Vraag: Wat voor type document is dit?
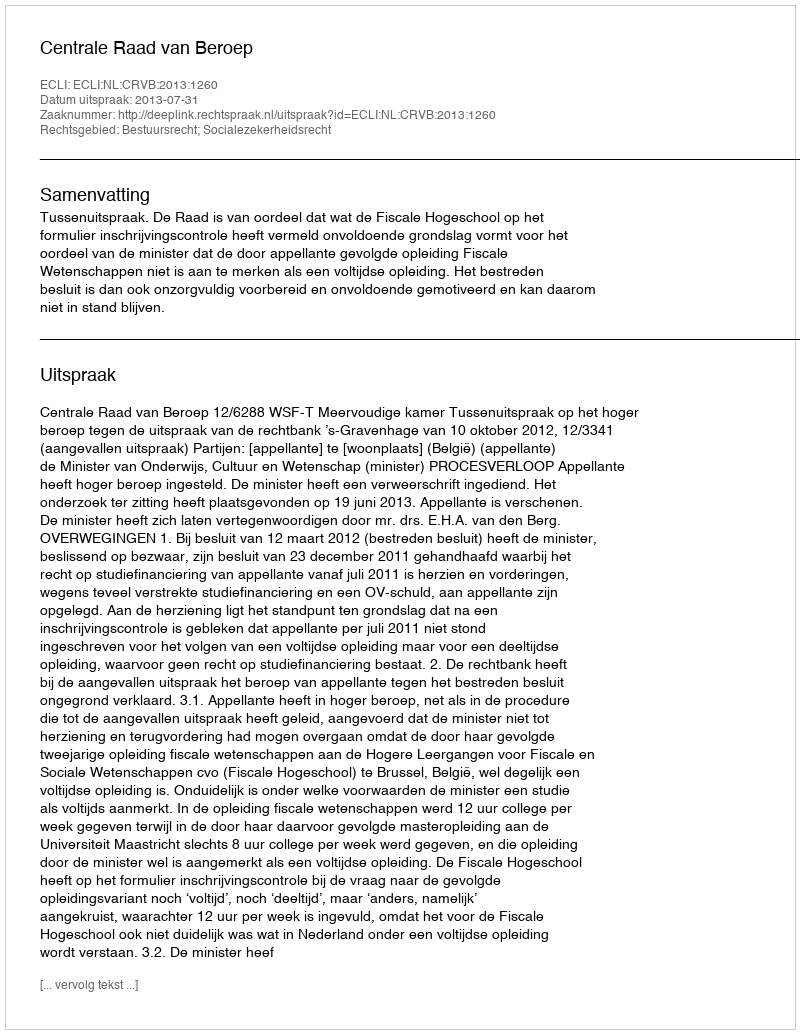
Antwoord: Uitspraak